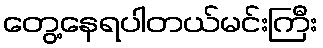
တွေ့နေရပါတယ်မင်းကြီး